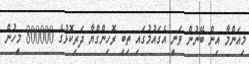
މިއަންމާ އިން ބޭނުން ވަނީ އެގައުމުގައި ތިބި ރޮހިންގްޔާ ދަރިކޮޅުގެ 800000 މީހުން